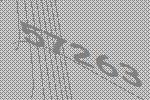
57263